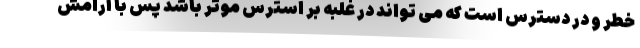
خطر و در دسترس است که می تواند در غلبه بر استرس موثر باشد پس با آرامش